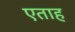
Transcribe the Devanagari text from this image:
एताह